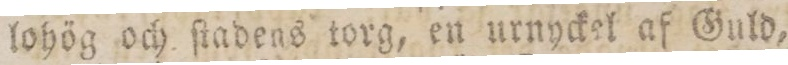
lohög och ſtadens torg, en urnyckel af Guld,